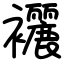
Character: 襹